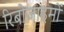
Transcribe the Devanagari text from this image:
रिबोजाइमों